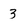
Character: 3